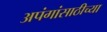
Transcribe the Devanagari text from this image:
अपंगांसाठीच्या